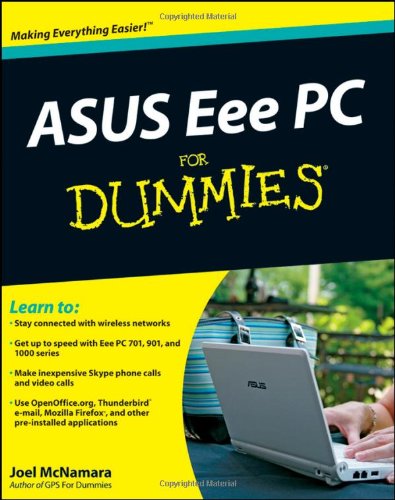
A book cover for ASUS Eee PC For Dummies; Joel McNamara; Computers & Technology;